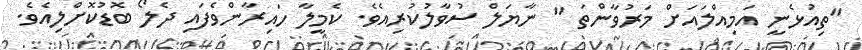
"ތިއުޅެނީ އަމިއްލައަށް މަރުވާންތަ " ނާޔަލް ސުވާލުކުރިއެވެ. ކެމީލާ ހައިރާންވެފައި ދެލޯ ބޮޑުކޮށްލިއެވެ.